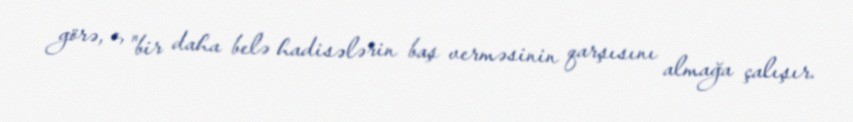
görə, o, "bir daha belə hadisələrin baş verməsinin qarşısını almağa çalışır.